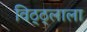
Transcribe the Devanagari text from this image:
विठ्ठ्लाला